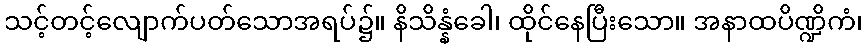
သင့်တင့်လျောက်ပတ်သောအရပ်၌။ နိသိန္နံခေါ၊ ထိုင်နေပြီးသော။ အနာထပိဏ္ဍိကံ၊